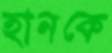
হানকে